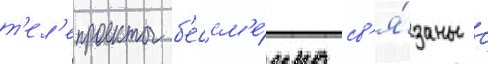
т'ел'епроекты б'ессм'е́нно св'я́заны с